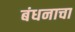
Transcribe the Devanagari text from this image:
बंधनाचा